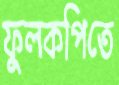
ফুলকপিতে